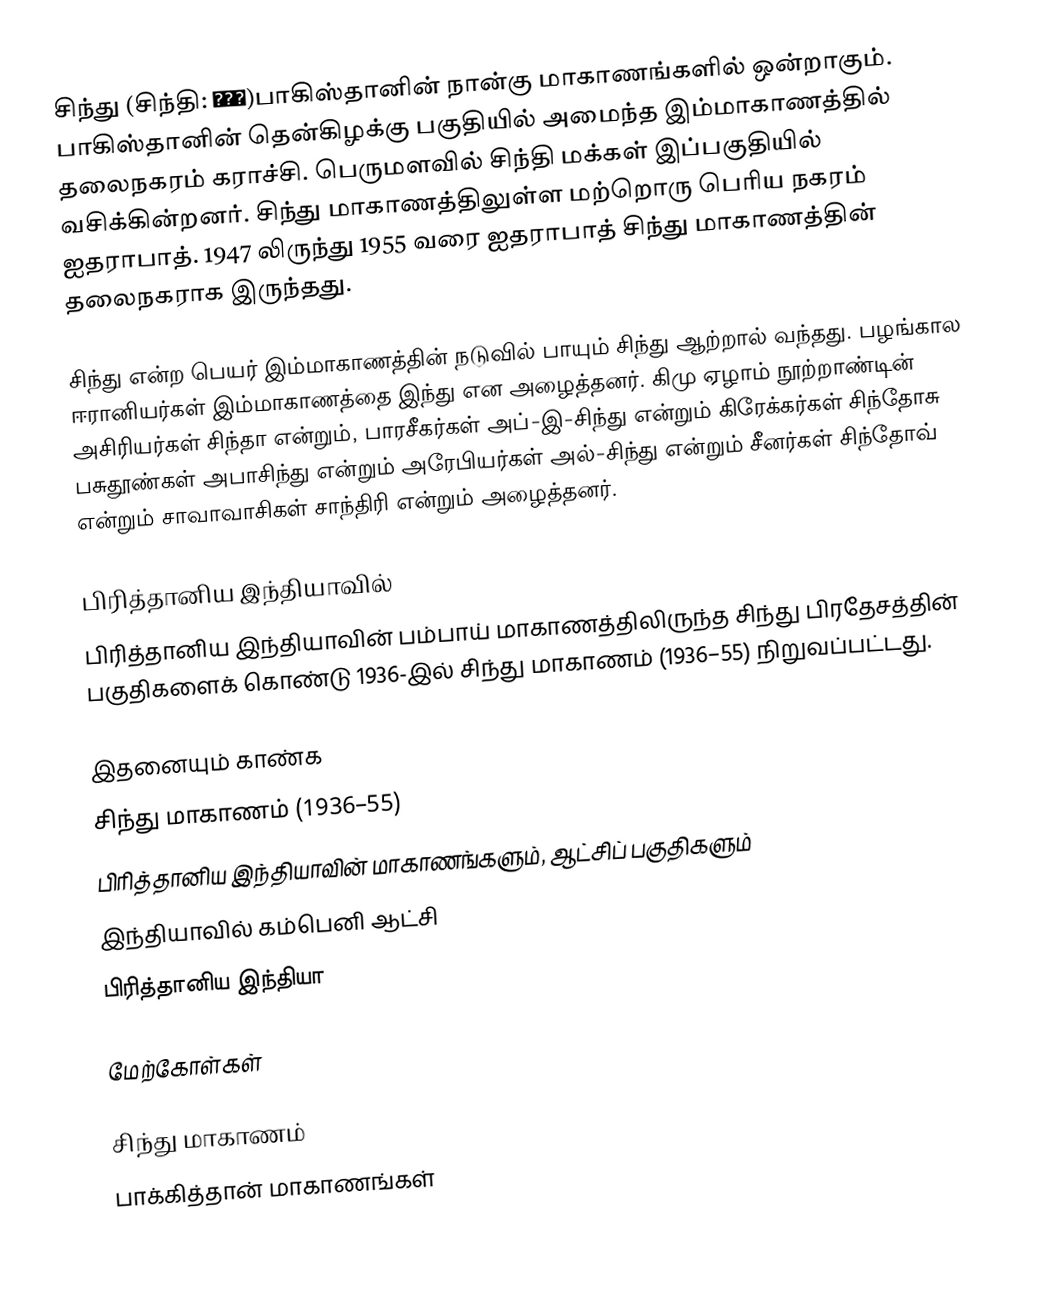
சிந்து (சிந்தி: سنڌ)பாகிஸ்தானின் நான்கு மாகாணங்களில் ஒன்றாகும். பாகிஸ்தானின் தென்கிழக்கு பகுதியில் அமைந்த இம்மாகாணத்தில் தலைநகரம் கராச்சி. பெருமளவில் சிந்தி மக்கள் இப்பகுதியில் வசிக்கின்றனர். சிந்து மாகாணத்திலுள்ள மற்றொரு பெரிய நகரம் ஐதராபாத். 1947 லிருந்து 1955 வரை ஐதராபாத் சிந்து மாகாணத்தின் தலைநகராக இருந்தது.

சிந்து என்ற பெயர் இம்மாகாணத்தின் நடுவில் பாயும் சிந்து ஆற்றால் வந்தது. பழங்கால ஈரானியர்கள் இம்மாகாணத்தை இந்து என அழைத்தனர். கிமு ஏழாம் நூற்றாண்டின் அசிரியர்கள் சிந்தா என்றும், பாரசீகர்கள் அப்-இ-சிந்து என்றும் கிரேக்கர்கள் சிந்தோசு பசுதூண்கள் அபாசிந்து என்றும் அரேபியர்கள் அல்-சிந்து என்றும் சீனர்கள் சிந்தோவ் என்றும் சாவாவாசிகள் சாந்திரி என்றும் அழைத்தனர்.

பிரித்தானிய இந்தியாவில்
பிரித்தானிய இந்தியாவின் பம்பாய் மாகாணத்திலிருந்த சிந்து பிரதேசத்தின் பகுதிகளைக் கொண்டு 1936-இல்  சிந்து மாகாணம் (1936–55) நிறுவப்பட்டது.

இதனையும் காண்க
 சிந்து மாகாணம் (1936–55)
 பிரித்தானிய இந்தியாவின் மாகாணங்களும், ஆட்சிப் பகுதிகளும்
 இந்தியாவில் கம்பெனி ஆட்சி
 பிரித்தானிய இந்தியா

மேற்கோள்கள்

சிந்து மாகாணம்
பாக்கித்தான் மாகாணங்கள்